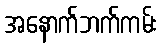
အနောက်ဘက်ကမ်း